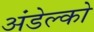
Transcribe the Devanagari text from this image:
अंडेल्को